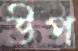
উপ